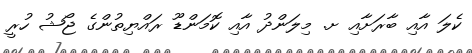
ކެލަ އާއި ބާރަށާއި ށ. މިލަންދު އާއި ކޮމަންޑޫ ރައްޔިތުންގެ ޖޯޝު ހުރީ